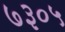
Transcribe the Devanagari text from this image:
७३०५